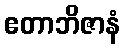
ဧတာဘိဇာနံ